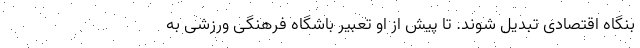
بنگاه اقتصادی تبدیل شوند. تا پیش از او تعبیر باشگاه فرهنگی ورزشی به